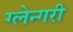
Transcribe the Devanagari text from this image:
ग्लेन्गरी